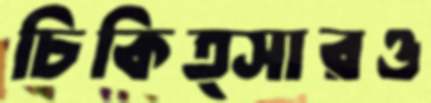
চিকিত্সারও